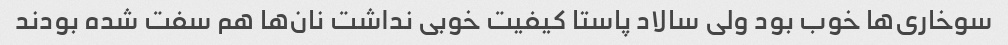
سوخاری‌ها خوب بود ولی سالاد پاستا کیفیت خوبی نداشت نان‌ها هم سفت شده بودند